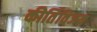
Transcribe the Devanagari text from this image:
कीर्तिविजय